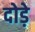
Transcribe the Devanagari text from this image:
दोड़े